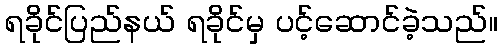
ရခိုင်ပြည်နယ် ရခိုင်မှ ပင့်ဆောင်ခဲ့သည်။